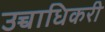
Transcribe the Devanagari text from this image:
उच्चाधिकरी